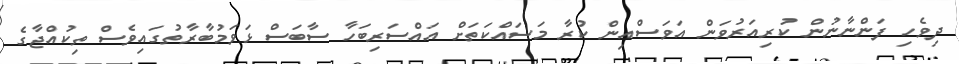
ދިވެހި ފަންނާނުން ކުރިއަރުވަން އަވަސްއިން ކުރާ މަސައްކަތަށް އައްސަރިބަހާ ސާބަސް ޅަވަމުބާރާތުގައިވެސް ތިކުއްޖާގެ